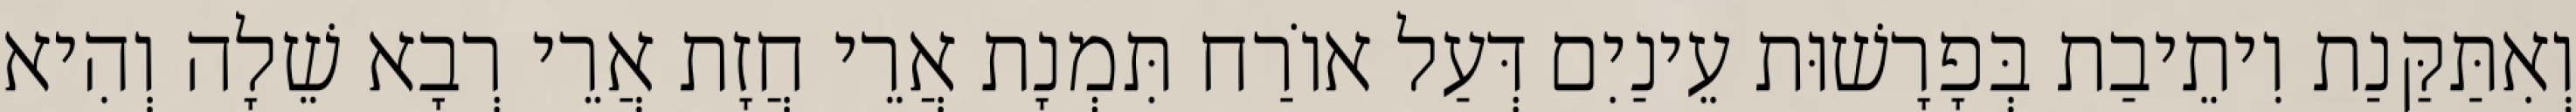
וְאִתַּקַּנַת וִיתֵיבַת בְּפָרָשׁוּת עֵינַיִם דְּעַל אוֹרַח תִּמְנָת אֲרֵי חֲזָת אֲרֵי רְבָא שֵׁלָה וְהִיא